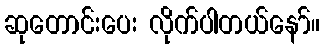
ဆုတောင်းပေး လိုက်ပါတယ်နော်။